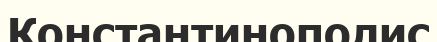
Константинополис